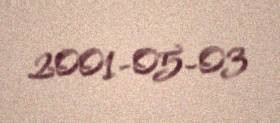
2001-05-03